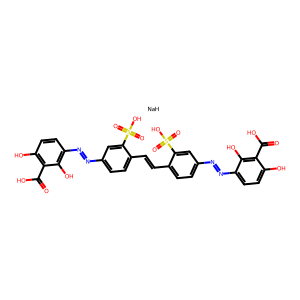
SMILES: O=C(O)c1c(O)ccc(N=Nc2ccc(C=Cc3ccc(N=Nc4ccc(O)c(C(=O)O)c4O)cc3S(=O)(=O)O)c(S(=O)(=O)O)c2)c1O.[NaH]
Inhibits HIV replication: No